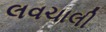
લવચાલી